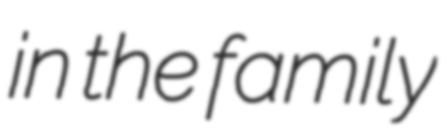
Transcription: in the family